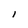
Character: l